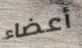
أعضاء